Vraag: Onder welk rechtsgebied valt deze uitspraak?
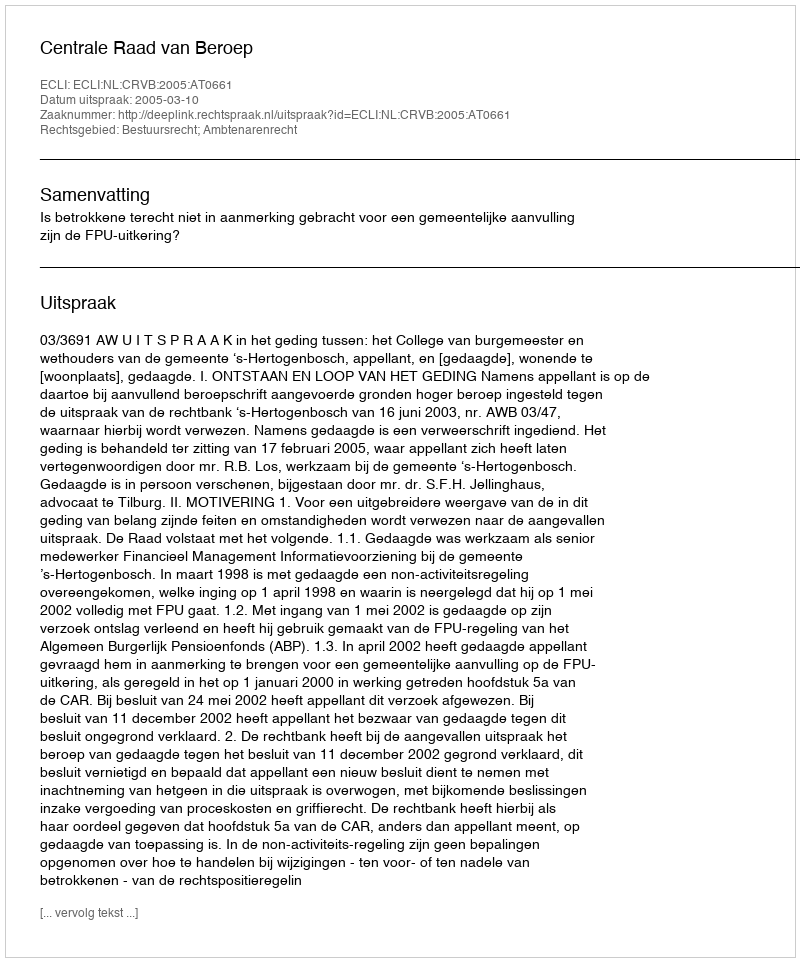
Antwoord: Bestuursrecht; Ambtenarenrecht